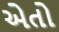
એતો